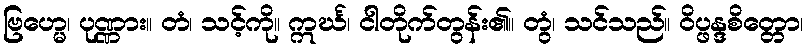
ဗြဟ္မေ၊ ပုဏ္ဏား။ တံ၊ သင့်ကို။ ဣင်္ဃ၊ ငါတိုက်တွန်း၏။ တွံ၊ သင်သည်။ ဝိပ္ဖန္ဒစိတ္တော၊